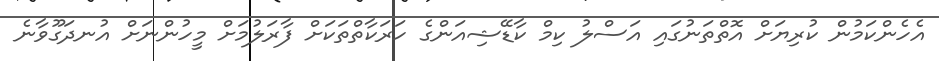
އެހެންކަމުން ކުރިޔަށް އޮތްތަނުގައި އަސްލު ކިމް ކާޑޭޝިއަންގެ ހަރަކާތްތަކަށް ފާރަލުމަށް މީހުންނަށް އުނދަގޫވާނެ